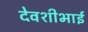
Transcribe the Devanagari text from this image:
देवशीभाई